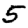
Digit: 5